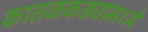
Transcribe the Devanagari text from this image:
कातळकड्यामध्ये